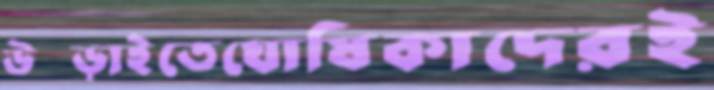
উপ্‌ড়াইতেঘোষিকাদেরই